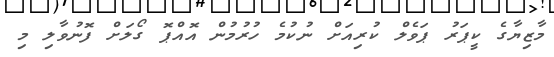
މާޒިޔާގެ ކީޕަރު ޕަވެލް ކުރިއަށް ނުކުމެ ހުރުމުން އޮއްޕޮ ގޯލަށް ފޮނުވާލި މި